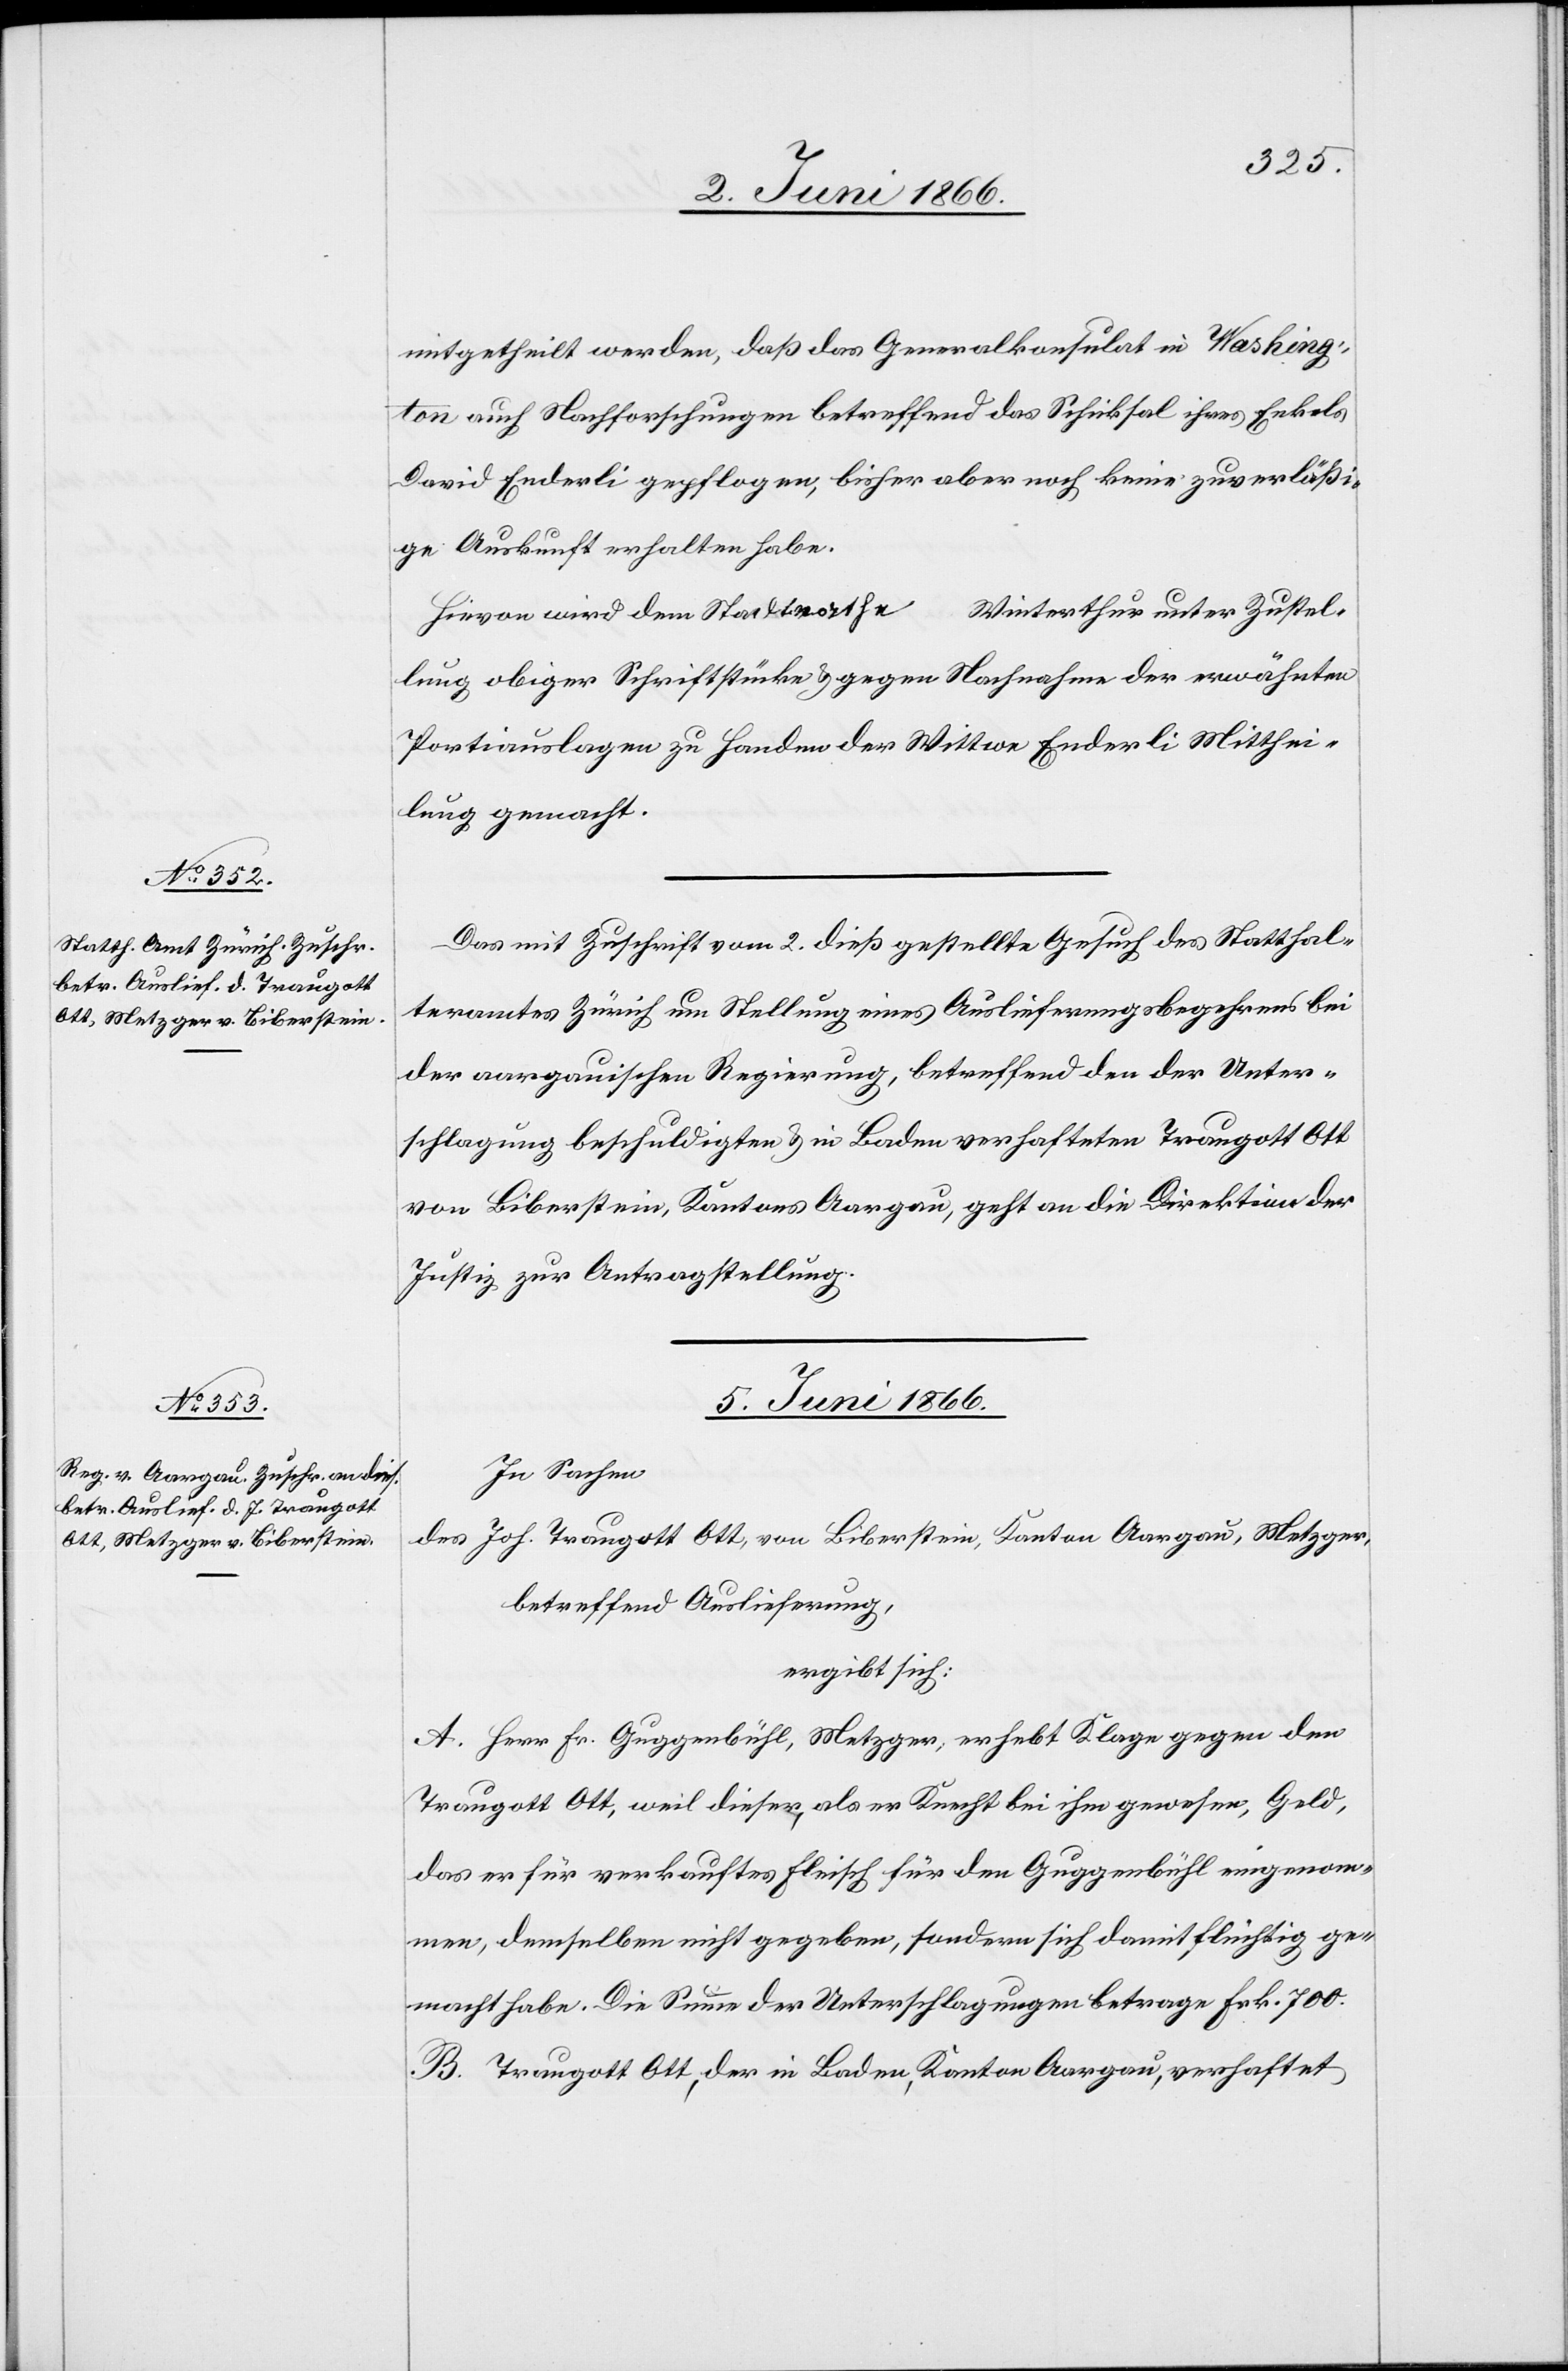
mitgetheilt werden, daß das Generalkonsulat in Washing¬
ton auch Nachforschungen betreffend das Schicksal ihres Enkels
David Enderli gepflogen, bisher aber noch keine zuverläßi¬
ge Auskunft erhalten habe.
Hievon wird dem Stadtrathe Winterthur unter Zustel¬
lung obiger Schriftstücke u. gegen Nachnahme erwähnter
Portiauslagen zu Handen der Wittwe Enderli Mitthei¬
lung gemacht.
Das mit Zuschrift vom 2. dieß gestellte Gesuch des Statthal¬
teramtes Zürich um Stellung eines Auslieferungsbegehrens bei
der aargauischen Regierung, betreffend den der Unter¬
schlagung beschuldigten u. in Baden verhafteten Traugott Ott
von Biberstein, Kantons Aargau, geht an die Direktion der
Justiz, zur Antragstellung.
5. Juni 1866.
In Sachen
des Joh. Traugott Ott, von Biberstein, Kanton Aargau, Metzger,
betreffend Auslieferung,
ergibt sich:
A. Herr Fr. Guggenbühl, Metzger, erhebt Klage gegen den
Traugott Ott, weil dieser, als er Knecht bei ihm gewesen, Geld,
das er für verkauftes Fleisch für den Guggenbühl eingenom¬
men, demselben nicht gegeben, sondern sich damit flüchtig ge¬
macht habe. Die Summe der Unterschlagungen betrage Frk. 700.
B. Traugott Ott, der in Baden, Kanton Aargau, verhaftet